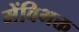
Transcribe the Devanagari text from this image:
मेंविभक्त